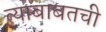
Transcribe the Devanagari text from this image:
त्याबाबतची